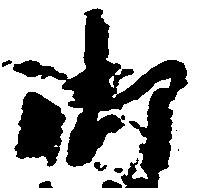
御